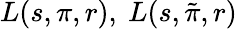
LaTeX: L(s,\pi,r),\ L(s,{\tilde{\pi}},r)